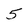
Character: 5